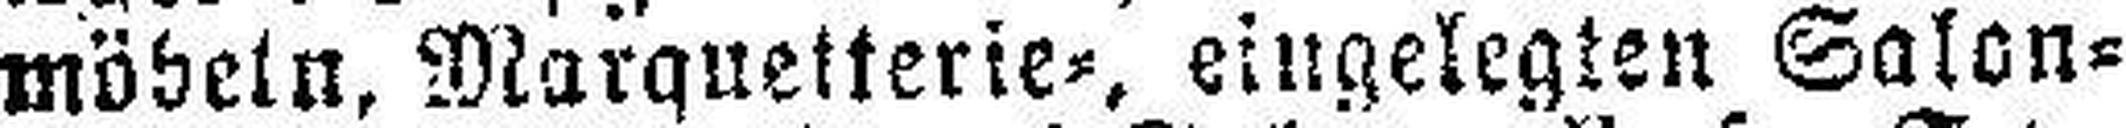
möbeln, Marquetterie=, eingelegten Salon¬